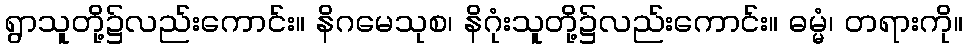
ရွာသူတို့၌လည်းကောင်း။ နိဂမေသုစ၊ နိဂုံးသူတို့၌လည်းကောင်း။ ဓမ္မံ၊ တရားကို။